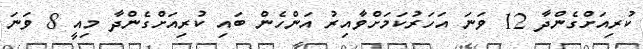
ކުރިއަށްގެންދާ 12 ވަނަ އަހަރުކަމަށްވާއިރު އަންހެން ބައި ކުރިއަށްގެންދާ މިއީ 8 ވަނަ